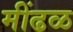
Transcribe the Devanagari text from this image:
मींढळ